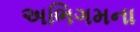
અભિગમના